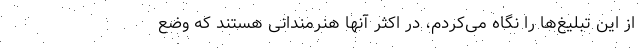
از این تبلیغ‌ها را نگاه می‌کردم، در اکثر آنها هنرمندانی هستند که وضع